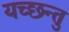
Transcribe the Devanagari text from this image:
यच्छन्तु